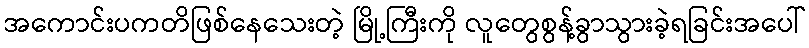
အကောင်းပကတိဖြစ်နေသေးတဲ့ မြို့ကြီးကို လူတွေစွန့်ခွာသွားခဲ့ရခြင်းအပေါ်